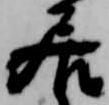
居